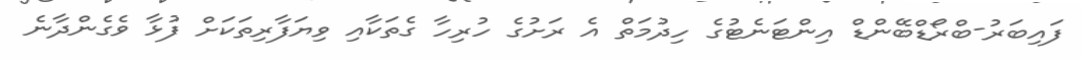
ފައިބަރު-ބްރޯޑްބޭންޑް އިންޓަނެޓުގެ ހިދުމަތް އެ ރަށުގެ ހުރިހާ ގެތަކާއި ވިޔަފާރިތަކަށް ފުޅާ ވެގެންދާނެ